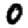
Digit: 0